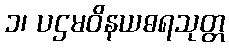
၁၊ ပဌမဝိနယဓရသုတ္တ